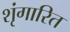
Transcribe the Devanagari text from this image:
शृंगारित